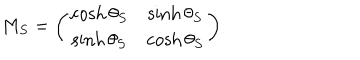
LaTeX: M _ { S } = \left( \begin{matrix} { { \cosh \theta _ { S } } } & { { \sinh \theta _ { S } } } \\ { { \sinh \theta _ { S } } } & { { \cosh \theta _ { S } } } \\ \end{matrix} \right)